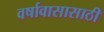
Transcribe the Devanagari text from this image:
वर्षावासासाठी